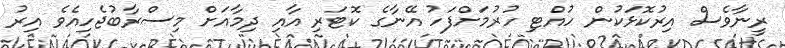
ރީނާވެސް އިރުކޮޅަކުން ހުއްޓި ހުރުމަށްފަހު އޭނާގެ ކޮޓަރި އާއި ދިމާއަށް މިސްރާބުޖެހިއެވެ އިރު